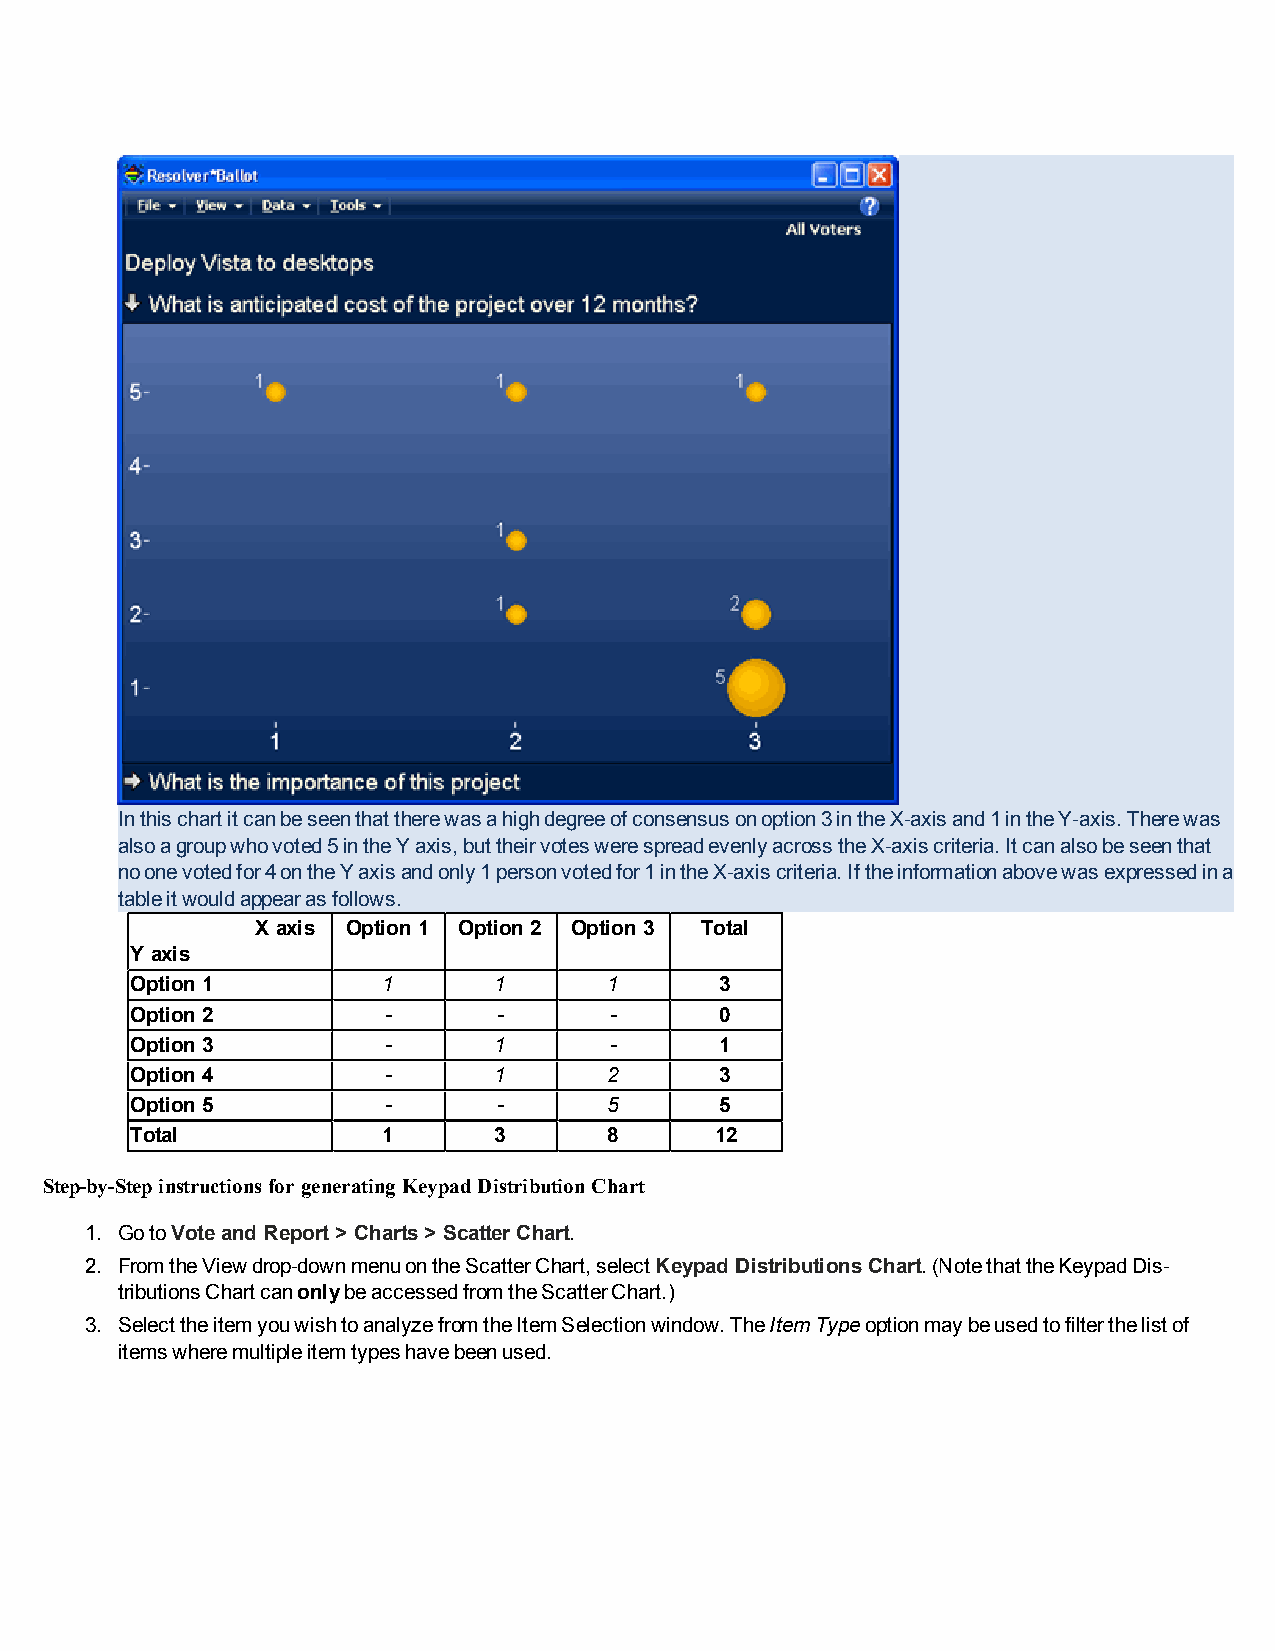
Inthischartitcanbeseenthattherewasahighdegreeofconsensusonoption3intheX-axisand1intheY-axis.Therewas
 alsoagroupwhovoted5intheYaxis,buttheirvoteswerespreadevenlyacrosstheX-axiscriteria.Itcanalsobeseenthat
 noonevotedfor4ontheYaxisandonly1personvotedfor1intheX-axiscriteria.Iftheinformationabovewasexpressedina
 tableitwouldappearasfollows.
 X axis Option1 Option2 Option3 Total
 Y axis
 Option1         1       1      1       3
 Option2         -       -      -       0
 Option3         -       1      -       1
 Option4         -       1      2       3
 Option5         -       -      5       5
 Total           1       3      8      12
 Step-by-Stepinstructionsfor generating KeypadDistributionChart
 1. GotoVoteandReport> Charts> ScatterChart.
 2. FromtheViewdrop-downmenuontheScatterChart,selectKeypadDistributionsChart.(NotethattheKeypadDis-
 tributionsChartcanonlybeaccessedfromtheScatterChart.)
 3. SelecttheitemyouwishtoanalyzefromtheItemSelectionwindow.TheItemTypeoptionmaybeusedtofilterthelistof
 itemswheremultipleitemtypeshavebeenused.